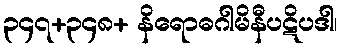
၃၄၇+၃၄၈+ နိရောဓဂါမိနီပဋိပဒါ၊